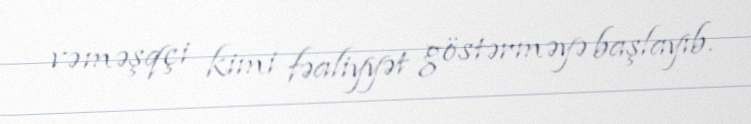
və məşqçi kimi fəaliyyət göstərməyə başlayıb.